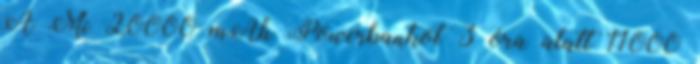
A Mi 20000 mAh Powerbankot 3 óra alatt 11000